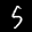
Label: 5